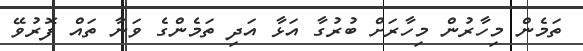
ތަމެން މިހާރުން މިހާރަށް ބުރުގާ އަޅާ އަދި ތަމެންގެ ވަނާ ތައް ފޮރުވޭ